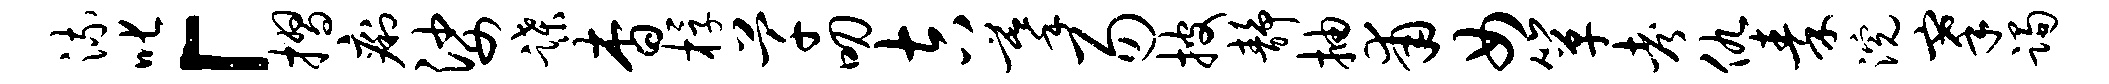
流叱「摺痢娑蹀杳桴芊叨吉摹易披静抽甫女箪考仇秦浣搴躅